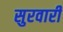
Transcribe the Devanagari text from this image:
सुरवारी